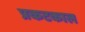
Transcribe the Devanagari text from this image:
प्रकटकाल